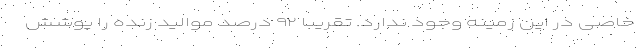
خاصی در این زمینه وجود ندارد. تقریبا ۹۲ درصد موالید زنده را پوشش